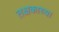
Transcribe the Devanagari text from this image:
तक्षकाच्या